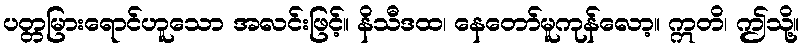
ပတ္တမြားရောင်ဟူသော အလင်းဖြင့်။ နိသီဒထ၊ နေတော်မူကုန်လော့။ ဣတိ၊ ဤသို့။